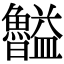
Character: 𥃠